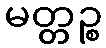
မတ္တဉ္စ